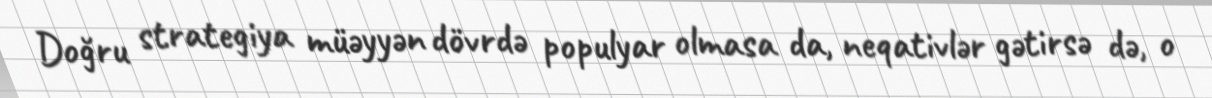
Doğru strategiya müəyyən dövrdə populyar olmasa da, neqativlər gətirsə də, o